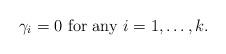
LaTeX: \begin{align*}\gamma_i =0\ \hbox{for any}\ i=1,\dots,k.\end{align*}